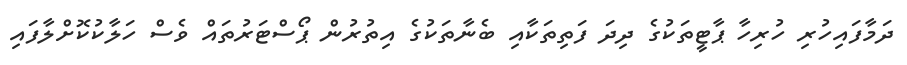
ދަމާފައިހުރި ހުރިހާ ޕާޓީތަކުގެ ދިދަ ފަތިތަކާއި ބެނާތަކުގެ އިތުރުން ޕޯސްޓަރުތައް ވެސް ހަލާކުކޮށްލާފައި